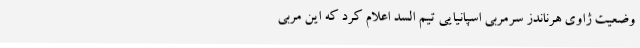
وضعیت ژاوی هرناندز سرمربی اسپانیایی تیم السد اعلام کرد که این مربی